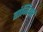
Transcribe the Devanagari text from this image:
तांजियर